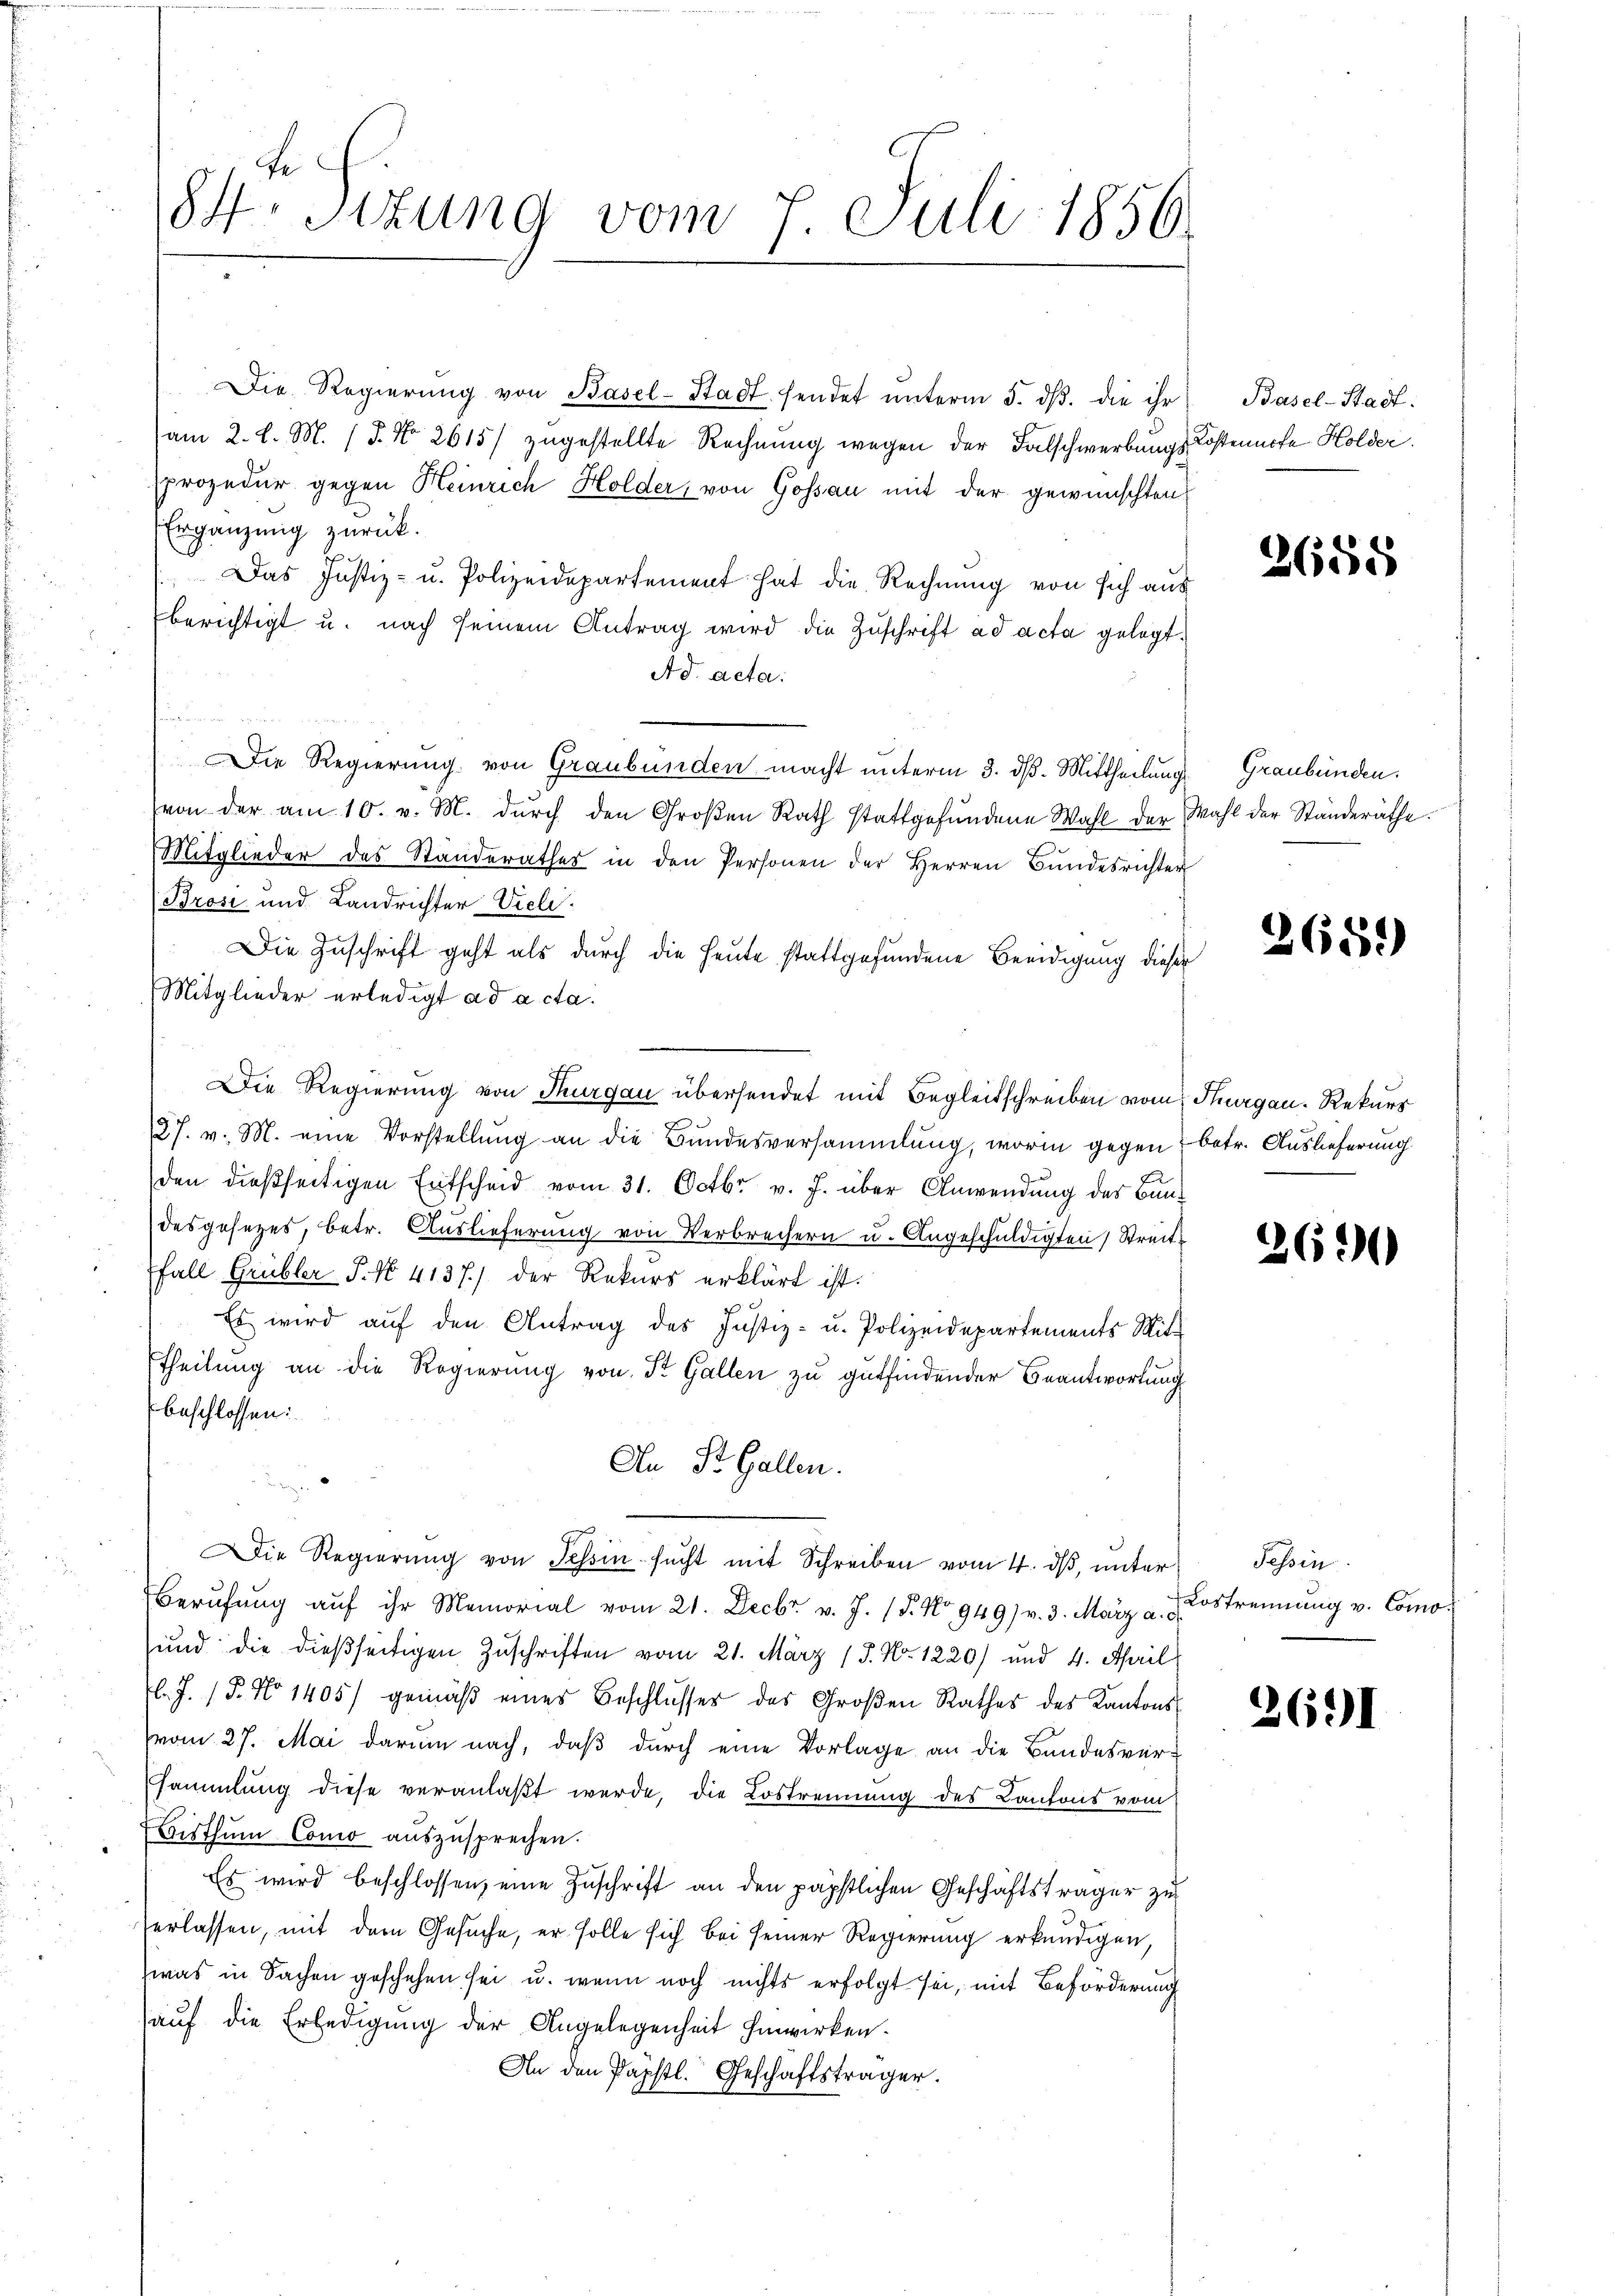
84 Sizung vom 7. Juli 1850.

Die Regierŭng von Basel-Stadt sendet ŭnterm 5. dβ. die ihr Basel-Stadt-
am 2. l. M. P. Nr. 2615) zugestellte Rechnung wegen der Falschwerbungs-Kostenche Holder.
prozedur gegen Heinrich Holder, von Gossau mit der gewünschten
Ergänzung zurück.
" Das Justiz- u. Polizeidepartement hat die Rechnung von sich aus
berichtigt u. nach seinem Antrag wird die Zuschrift ad acta gelegt.
Ad acta.
n
Die Regierung von Graubünden macht unterm 3. dß. Mittheilung Graubünden.
von der am 10. v. M. dŭrch den Groβen Rath stattgefŭndene Wahl der Wahl der Ständeräthe.
Mitglieder des Standerathes in den Personen der Herren Bŭndesrichter
Brosi und Landrichter Vieli.
Die Zuschrift geht als durch die Heute stattgefundene Beeidigung dieser
Mitglieder erledigt ad acta.
Die Regierung von Thurgau übersendet mit Begleitschreiben vom Thurgau, Rekurs
27. v. M. eine Vorstellung an die Bundesversammlung, worin gegen betr. Auslieferung
den dießseitigen Entscheid vom 31. Octbr. v. J. über Anwendung des Bundesgesetzes, betr. Auslieferung von Verbrechern u. Angeschuldigten Streit¬
Fall Grübler P. No. 4137) der Rekurs erklärt ist.
Es wird auf den Antrag des Justiz- u. Polizeidepartements Mit-
Theilung an die Regierung von St. Gallen zu gutfindender Beantwortung
beschlossen:
An St. Gallen.
ie Regierŭng von Tessin sŭcht mit Schreiben vom 4. dβ, ŭnter Tessin
Berufung aŭf ihr Memorial vom 21. Decbr. v. J. (T. No 949) v. 3. März a. d.
sund die dießseitigen Zuschriften vom 21. März (S. Nr. 1220) und 4. April
l. J. P. No 1405) gemäß eines Beschlusses des Großen Rathes des Kantonsvom 27. Mai darum nach, daß durch eine Vorlage an die Bandesver-
sammlung diese veranlaßt werde, die Lostrennung des Cantons vom
Bisthum Como aŭszŭsprechen.
Es wird beschlossen, eine Zuschrift an den päpstlichen Geschäftsträger zu
erlassen, mit dem Gesuche, er solle sich bei seiner Regierung erkundigen,
was in Sachen geschehen sei u. wenn noch nichts erfolgt sei, mit Beförderung
auf die Erledigung der Angelegenheit hinwirken.
An den Papstl. Geschäftsträger.

2655

2659)

2600

Lostrennung v. Como¬

261